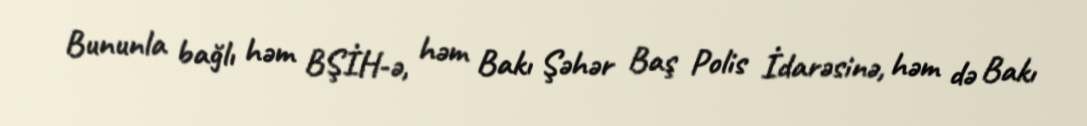
Bununla bağlı həm BŞİH-ə, həm Bakı Şəhər Baş Polis İdarəsinə, həm də Bakı